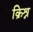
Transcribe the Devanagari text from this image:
क्रिश्न